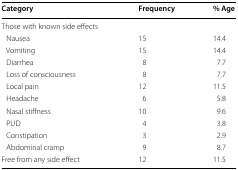
<table><thead><tr><td><b>Category</b></td><td><b>Frequency</b></td><td><b>% Age</b></td></tr></thead><tbody><tr><td colspan="3">Those with known side effects</td></tr><tr><td> Nausea</td><td>15</td><td>14.4</td></tr><tr><td> Vomiting</td><td>15</td><td>14.4</td></tr><tr><td> Diarrhea</td><td>8</td><td>7.7</td></tr><tr><td> Loss of consciousness</td><td>8</td><td>7.7</td></tr><tr><td> Local pain</td><td>12</td><td>11.5</td></tr><tr><td> Headache</td><td>6</td><td>5.8</td></tr><tr><td> Nasal stiffness</td><td>10</td><td>9.6</td></tr><tr><td> PUD</td><td>4</td><td>3.8</td></tr><tr><td> Constipation</td><td>3</td><td>2.9</td></tr><tr><td> Abdominal cramp</td><td>9</td><td>8.7</td></tr><tr><td>Free from any side effect</td><td>12</td><td>11.5</td></tr></tbody></table>